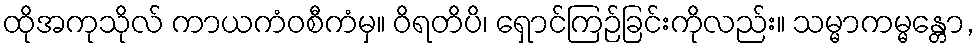
ထိုအကုသိုလ် ကာယကံဝစီကံမှ။ ဝိရတိပိ၊ ရှောင်ကြဉ်ခြင်းကိုလည်း။ သမ္မာကမ္မန္တော,